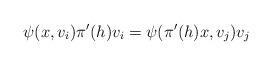
LaTeX: \begin{align*}\psi(x,v_i)\pi'(h)v_i = \psi(\pi'(h)x,v_j)v_j\end{align*}